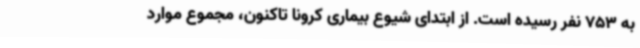
به 753 نفر رسیده است. از ابتدای شیوع بیماری کرونا تاکنون، مجموع موارد